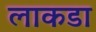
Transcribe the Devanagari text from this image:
लाकडा